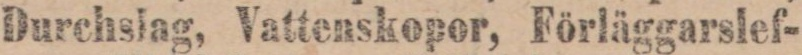
Durchslag, Vattenskopor, Förläggarslef-